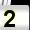
Digit: 2